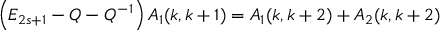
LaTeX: \left( E _ { 2 s + 1 } - Q - Q ^ { - 1 } \right) A _ { 1 } ( k , k + 1 ) = A _ { 1 } ( k , k + 2 ) + A _ { 2 } ( k , k + 2 )